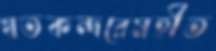
খতকন্দরেমহীত